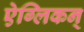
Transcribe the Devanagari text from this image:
ऐग्लिकन्